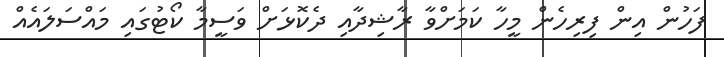
ފަހުން އިން ފިރިހެން މީހާ ކަމަށްވާ ރާޝިދާއި ދެކޮޅަށް ވަސީމާ ކޯޓުގައި މައްސަލައެއް